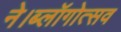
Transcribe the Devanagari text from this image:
ने।ब्लॉगोत्सव